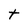
Character: t